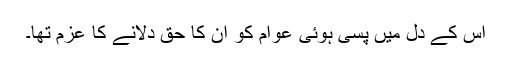
اس کے دل میں پسی ہوئی عوام کو ان کا حق دلانے کا عزم تھا۔